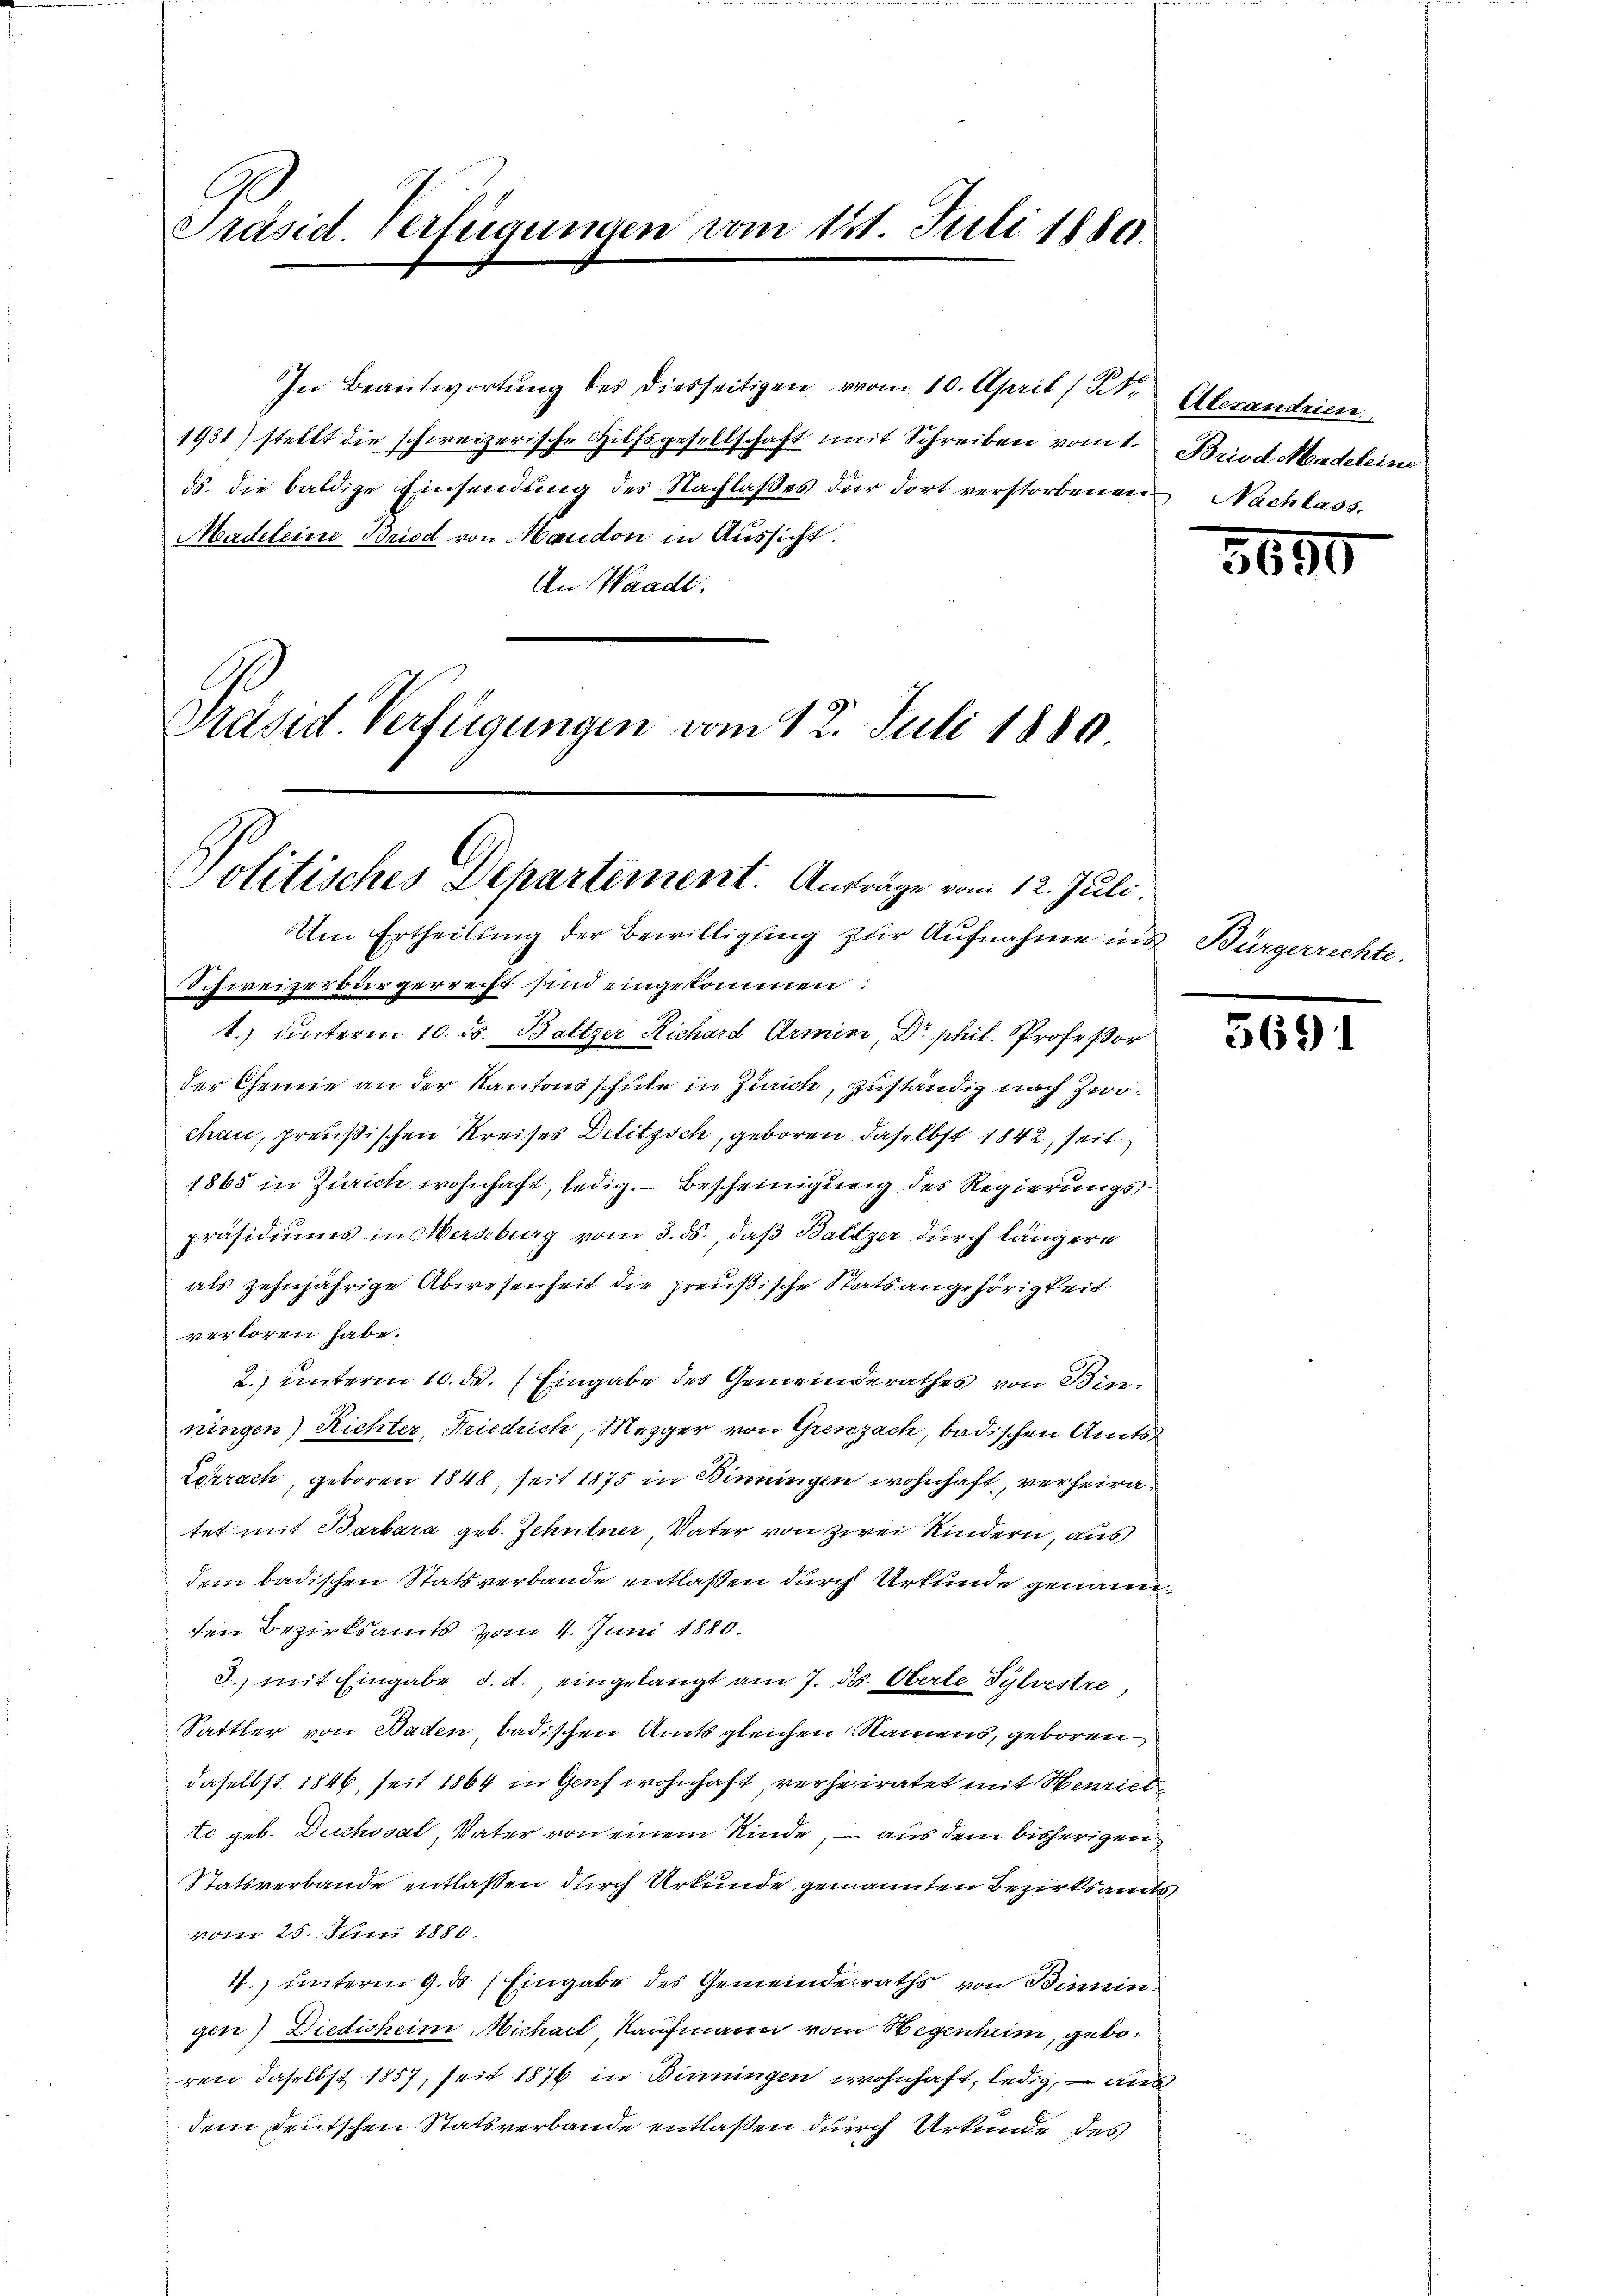
Präsid. Verfügungen vom 121. Juli 1880

In Beantwortŭng des diesseitigen vom 10. April (St. Alexandrien
1931) stellt die schweizerische Hilfsgesellschaft mit Schreiben vom 1. Briod Madeleine
ds. die baldige Einsendung des Nachlaßes der dort verstorbenen Nachlass
Madeleine Bried von Mandon in Aussicht.
An Waadt.
Präsid. Verfügungen vom 12. Juli 1880

Politisches Departement. Anträge vom 12. Juli.
Um Ertheilung der Bewilligung zur Aufnahme ins Bürgerrechte.

Schweizerbürgerrecht sind eingekommen:
1.) unterm 10. ds. Baltzer Richard Armini, Dr. phil. Professor
der Chemie an der Kantonsschule in Zürich, zuständig nach Zwochen, preußischen Kreises Delitzsch, geboren, daselbst 1842, seit
1865 in Zürich wohnhaft, ledig. — Bescheinigung des Regierungspräsidiums in Merseburg vom 3. ds., daß Baltzer durch längere
als zehnjährige Abwesenheit die preußische Statsangehörigkeit
verloren habe.
2.) unterm 10. ds. (Eingabe des Gemeinderathes von Binningen) Richter, Friedrich, Mezger von Grenzach, badischen Amts
Lorrach, geboren 1848, seit 1875 in Binningen wohnhaft, verheiratet mit Barbara geb. Zehntner, Vater von zwei Kindern, aus
dem badischen Statsverbande entlaßen durch Urkunde genann
den Bezirksamts vom 4. Juni 1880.
3., mit Eingabe d. d., eingelangt am 7. d. Oberte Sylvestire,
Sattler von Baden, badischen Amts gleichen Namens, geboren
daselbst 1846, seit 1864 in Genf wohnhaft, verheiratet mit Henriet
te geb. Duchosal, Vater von einem Kinde, – aus dem bisherigen
Statsverbande entlassen durch Urkunde genannten Bezirksamts
vom 25. Juni 1880.
4.) unterm 9. ds (Eingabe des Gemeindesraths von Binnin
gen) Diedisheim Michael Kaufmann vom Wegenheim, geboren daselbst 1857, seit 1876 in Binningen wohnhaft, ledig, – aus
dem Deutschen Statsverbande entlaßen durch Urkunde des

30

5691